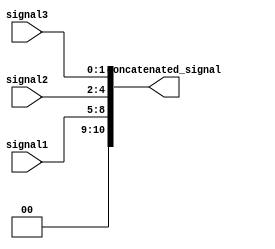
module concatenation_example (
    input [3:0] signal1,
    input [2:0] signal2,
    input [1:0] signal3,
    output [10:0] concatenated_signal
);

assign concatenated_signal = {signal1, signal2, signal3};

endmodule